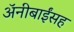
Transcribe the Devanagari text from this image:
अॅनीबाईंसह